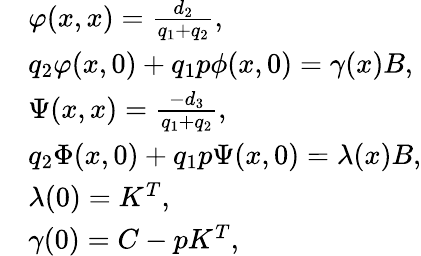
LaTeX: \begin{array}{rl}&{\varphi(x,x)=\frac{d_{2}}{{q_{1}}+{q_{2}}},}\\ &{{q_{2}}\varphi(x,0)+{q_{1}}p\phi(x,0)={\gamma}(x)B,}\\ &{\Psi(x,x)=\frac{-d_{3}}{{q_{1}}+{q_{2}}},}\\ &{{q_{2}}\Phi(x,0)+{q_{1}}p\Psi(x,0)=\lambda(x)B,}\\ &{{\lambda(0)=K^{T}},}\\ &{{{\gamma}(0)=C-pK^{T}},}\end{array}